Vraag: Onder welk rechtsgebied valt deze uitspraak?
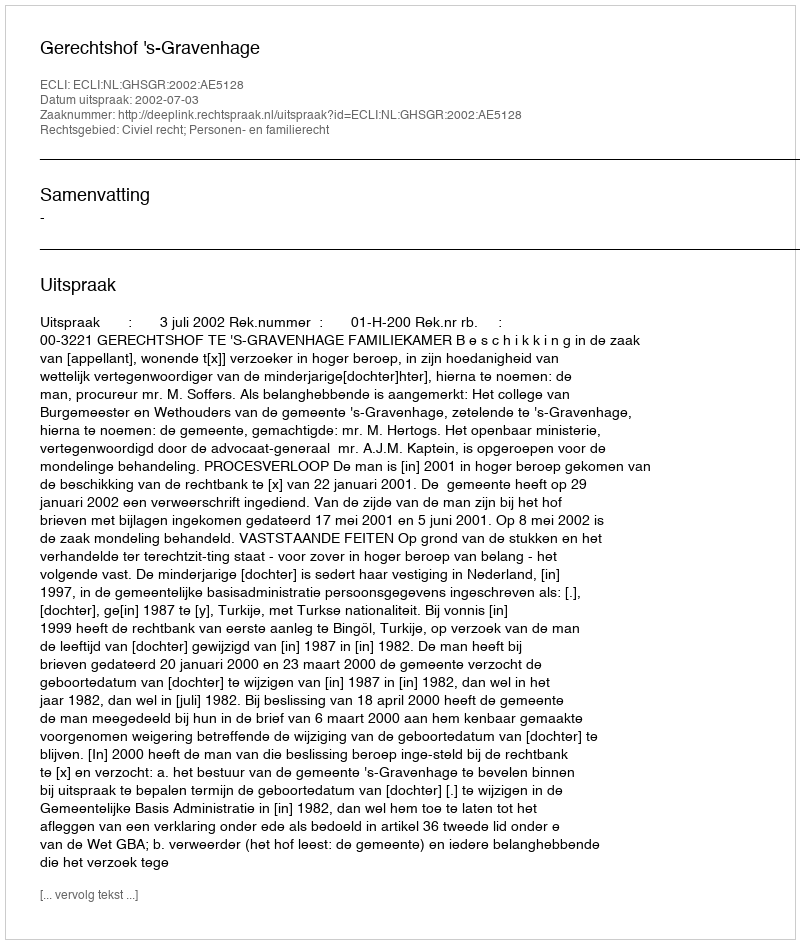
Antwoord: Civiel recht; Personen- en familierecht